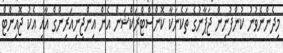
މިދެންނެވުނު ކުންފުނިން ޖަޕާނުގެ ތަކެނަކާ ކޮންސްޓްރަކްޝަން އެން އިންޖިނިއަރިންގް އާއި އެކު ޖޮއިންޓް